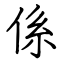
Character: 係